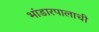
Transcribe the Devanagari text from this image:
भांडारपालाची